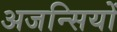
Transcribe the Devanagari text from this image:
अजन्सियों